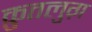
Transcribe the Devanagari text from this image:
क़ुतलुग़